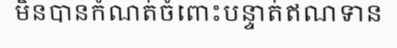
មិនបានកំណត់ចំពោះបន្ទាត់ឥណទាន